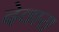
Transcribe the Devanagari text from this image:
देवारा